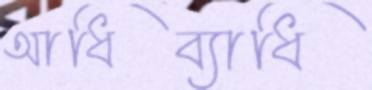
আধিব্যাধি